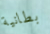
بطانية